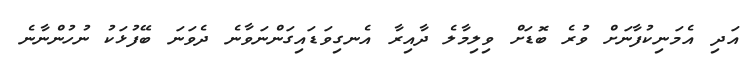
އަދި އެމަނިކުފާނަށް ވުރެ ބޮޑަށް ވިލިމާލެ ދާއިރާ އެނގިވަޑައިގަންނަވާނެ ދެވަނަ ބޭފުޅަކު ނުހުންނާނެ